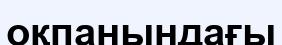
оқпанындағы